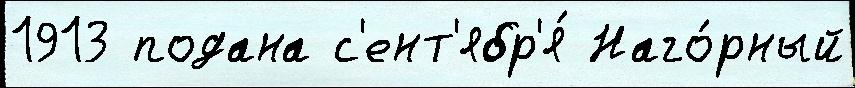
1913 подана с'ент'ябр'я́ Наго́рный